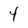
Character: 4